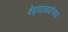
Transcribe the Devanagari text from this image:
वेढ्यासाठीच्या